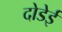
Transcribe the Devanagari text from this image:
दोडेई